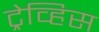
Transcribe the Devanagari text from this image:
ट्रेव्हिस